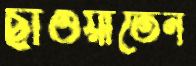
ছাওয়াতেন